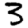
Digit: 3